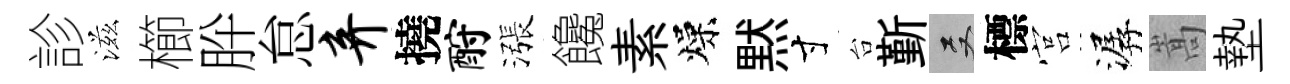
診滋櫛肸怠弃撓酹漲饞素燥黙寸台斳双標宫潺嵩墊